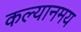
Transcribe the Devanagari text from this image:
कल्यानमय